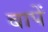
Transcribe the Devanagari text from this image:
बापें